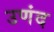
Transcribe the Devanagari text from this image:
उणंद